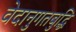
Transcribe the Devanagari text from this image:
वेदानुगतबुद्धि